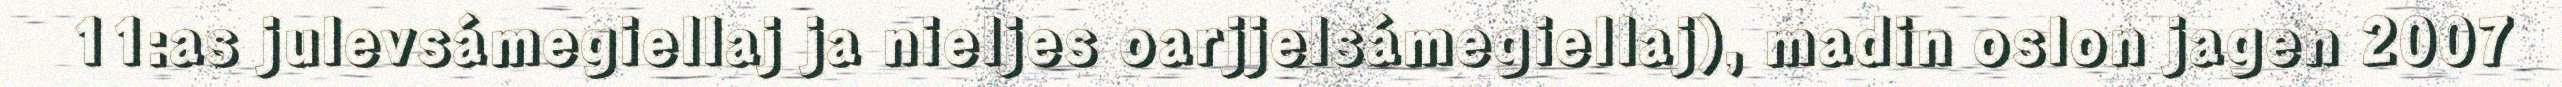
11:as julevsámegiellaj ja nieljes oarjjelsámegiellaj), madin oslon jagen 2007